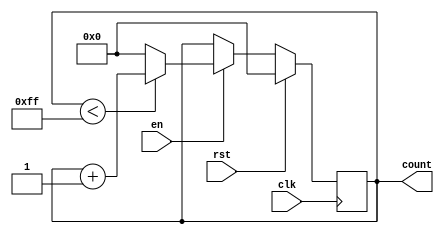
module MemoryBlocksIncrementalCounter (
    input wire clk,        // Clock signal
    input wire rst,        // Synchronous reset signal
    input wire en,         // Enable signal
    output reg [7:0] count // Current count value (8-bit wide)
);

    // Parameter for the maximum count value
    parameter MAX_COUNT = 255; // Maximum count value for an 8-bit counter

    // Synchronous reset and counting mechanism
    always @(posedge clk) begin
        if (rst) begin
            count <= 8'b0; // Reset count to 0
        end else if (en) begin
            if (count < MAX_COUNT) begin
                count <= count + 1; // Increment count
            end else begin
                count <= 8'b0; // Wrap around to 0 on overflow
            end
        end
    end

endmodule